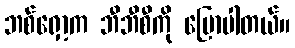
ဘစ်ရှော့က ဘီဘီစီကို ပြောပါတယ်။